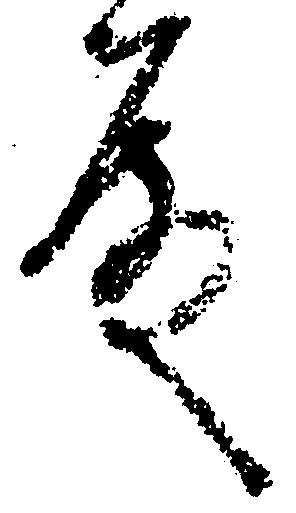
殿